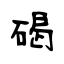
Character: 碣